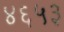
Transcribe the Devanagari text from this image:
४६५३